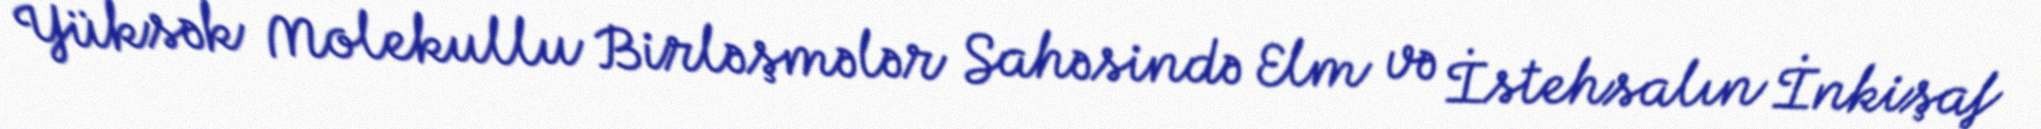
Yüksək Molekullu Birləşmələr Sahəsində Elm və İstehsalın İnkişaf